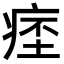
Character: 𤷁